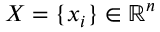
X = \{ x _ { i } \} \in \mathbb { R } ^ { n }